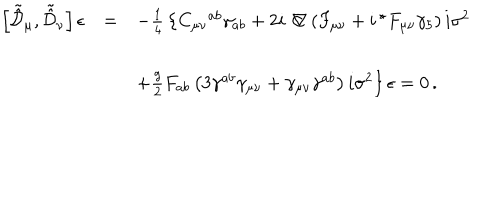
\begin{array} { r c l } { { \left[ \tilde { \hat { \cal D } } _ { \mu } , \tilde { \hat { \cal D } } _ { \nu } \right] \epsilon } } & { { = } } & { { - { \textstyle \frac { 1 } { 4 } } \left\{ C _ { \mu \nu } { } ^ { a b } \gamma _ { a b } + 2 i \not \! \nabla \left( F _ { \mu \nu } + i \, { } ^ { \star } F _ { \mu \nu } \gamma _ { 5 } \right) i \sigma ^ { 2 } \right. } } \\ { { } } & { { } } & { { } } \\ { { } } & { { } } & { { \left. + { \textstyle \frac { g } { 2 } } F _ { a b } \left( 3 \gamma ^ { a b } \gamma _ { \mu \nu } + \gamma _ { \mu \nu } \gamma ^ { a b } \right) i \sigma ^ { 2 } \right\} \epsilon = 0 \, . } } \\ \end{array}